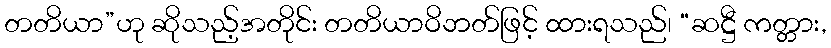
တတိယာ”ဟု ဆိုသည့်အတိုင်း တတိယာဝိဘတ်ဖြင့် ထားရသည်၊ “ဆဋ္ဌီ ကတ္တား,